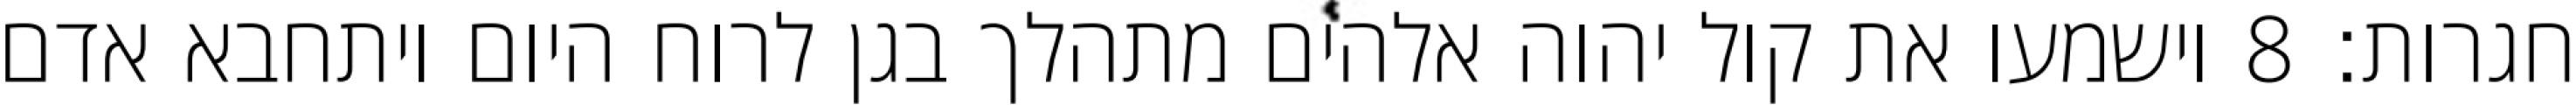
חגרות׃ ‎8‏ וישמעו את קול יהוה אלהים מתהלך בגן לרוח היום ויתחבא אדם